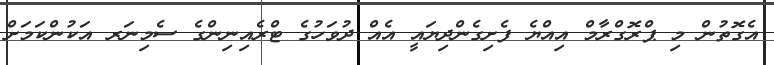
އެގޮތުން މި ޕްރޮގްރާމް އިއްޔެ ފެށިގެންދިޔައީ އެއް ދުވަހުގެ ޓްރެއިނިންގެ ސެމިނަރ އަކުންކަމަށް